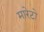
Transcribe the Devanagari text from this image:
मारेटो